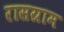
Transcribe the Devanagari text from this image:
रासग्राम